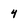
Character: 4